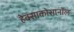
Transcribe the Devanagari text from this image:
हेक्साकोसानॉल